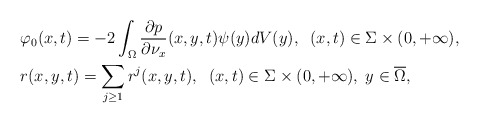
\begin{align*}&\varphi _0(x,t)=-2\int_\Omega \frac{\partial p}{\partial \nu _x}(x,y,t)\psi (y)dV(y),\;\; (x,t)\in \Sigma \times (0,+\infty ),\\&r(x,y,t)=\sum_{j\geq 1} r^j(x,y,t),\;\; (x,t)\in \Sigma \times (0,+\infty ),\; y\in \overline{\Omega},\end{align*}